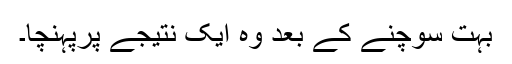
بہت سوچنے کے بعد وہ ایک نتیجے پرپہنچا۔